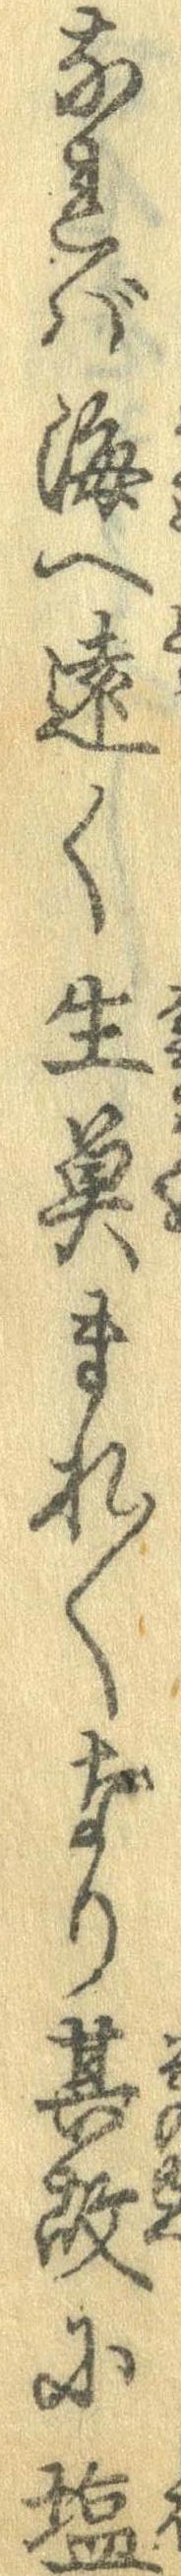
なれば海へ遠く生魚まれ〱なり其故に塩